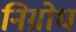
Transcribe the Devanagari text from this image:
निग्रोध